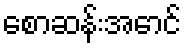
စောဆန်းအောင်